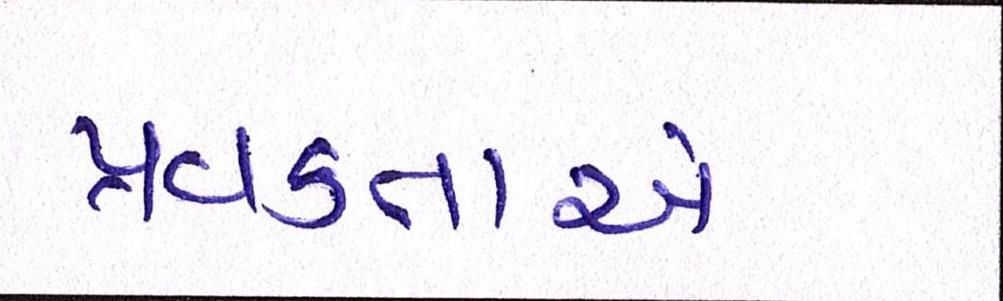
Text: પ્રવક્તાએ